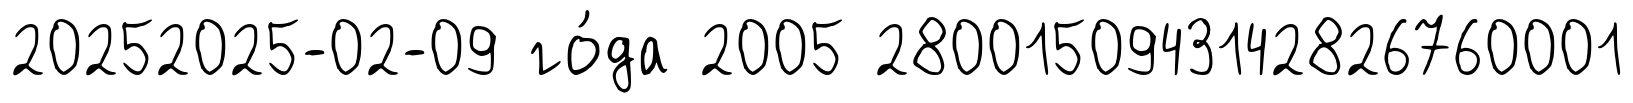
20252025-02-09 го́да 2005 2800150943142826760001